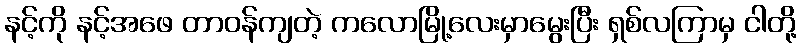
နင့်ကို နင့်အဖေ တာဝန်ကျတဲ့ ကလောမြို့လေးမှာမွေးပြီး ရှစ်လကြာမှ ငါတို့